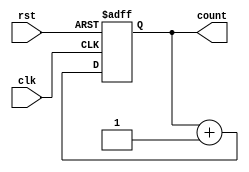
module cascaded_counter #(parameter N = 4) (
    input wire clk,          // Clock signal
    input wire rst,          // Asynchronous reset signal
    output wire [N-1:0] count // N-bit counter output
);

    // Declare flip-flops for the counter
    reg [N-1:0] count_reg;

    // Assign the count output to the internal register
    assign count = count_reg;

    // Flip-flop for each bit of the counter
    always @(posedge clk or posedge rst) begin
        if (rst) begin
            count_reg <= 0; // Reset the counter to zero
        end else begin
            // Increment logic
            count_reg <= count_reg + 1; // Increment the counter
        end
    end

endmodule